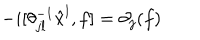
- i [ \theta _ { j l } ^ { - 1 } \hat { x } ^ { l } , f ] = \partial _ { j } ( f )